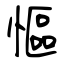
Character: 慪